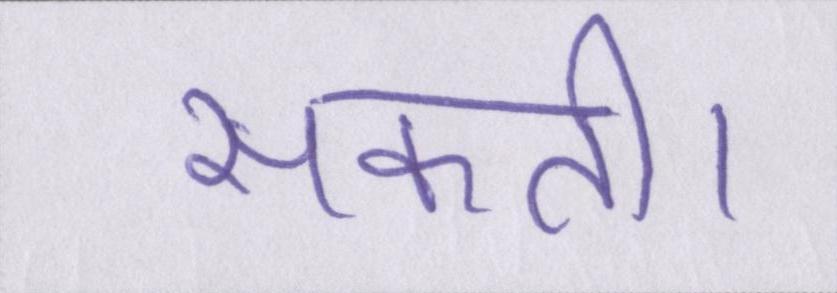
सकती।